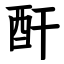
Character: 酐